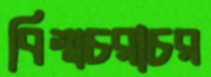
বিশ্বচরাচর